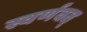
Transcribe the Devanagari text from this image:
स्वर्णवत्